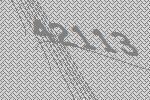
42113